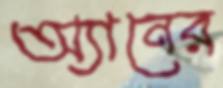
অ্যানের